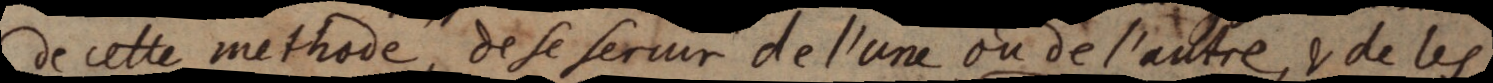
de cetle methode, de se servir de l’une ou de l’autre, & de les